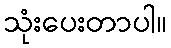
သုံးပေးတာပါ။